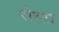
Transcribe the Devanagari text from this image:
रोहरा